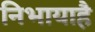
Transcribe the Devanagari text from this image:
निभायाहै